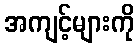
အကျင့်များကို